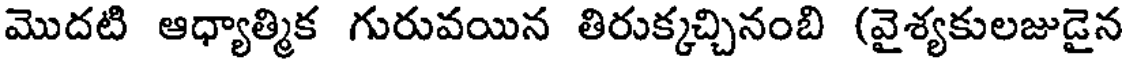
మొదటి ఆధ్యాత్మిక గురువయిన తిరుక్కచ్చినంబి (వైశ్యకులజుడైన